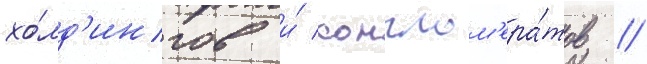
хо́лд'ингов и́ конглом'ера́тов //